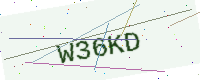
Text: W36KD